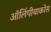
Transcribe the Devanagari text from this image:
ऑलिंपीयाकोस